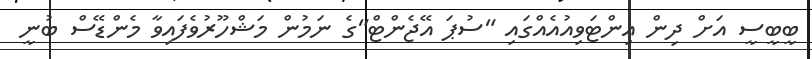
ބީބީސީ އަށް ދިން އިންޓަވިއުއެއްގައި "ސުޕަ އޭޖެންޓް"ގެ ނަމުން މަޝްހޫރުވެފައިވާ މެންޑޭސް ބުނީ